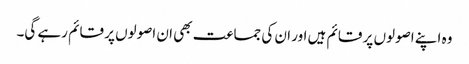
وہ اپنے اصولوں پر قائم ہیں اور ان کی جماعت بھی ان اصولوں پر قائم رہے گی۔